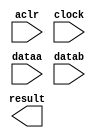
// megafunction wizard: %LPM_ADD_SUB%VBB%
// GENERATION: STANDARD
// VERSION: WM1.0
// MODULE: lpm_add_sub 

// ============================================================
// Megafunction Name(s):
// 			lpm_add_sub
//
// Simulation Library Files(s):
// 			lpm
// ============================================================
// ************************************************************
// THIS IS A WIZARD-GENERATED FILE. DO NOT EDIT THIS FILE!
//
// 9.1 Build 222 10/21/2009 SJ Full Version
// ************************************************************

//Copyright (C) 1991-2009 Altera Corporation
//Your use of Altera Corporation's design tools, logic functions 
//and other software and tools, and its AMPP partner logic 
//functions, and any output files from any of the foregoing 
//(including device programming or simulation files), and any 
//associated documentation or information are expressly subject 
//to the terms and conditions of the Altera Program License 
//Subscription Agreement, Altera MegaCore Function License 
//Agreement, or other applicable license agreement, including, 
//without limitation, that your use is for the sole purpose of 
//programming logic devices manufactured by Altera and sold by 
//Altera or its authorized distributors.  Please refer to the 
//applicable agreement for further details.

module add_jian_34 (
	aclr,
	clock,
	dataa,
	datab,
	result);

	input	  aclr;
	input	  clock;
	input	[33:0]  dataa;
	input	[33:0]  datab;
	output	[33:0]  result;

endmodule

// ============================================================
// CNX file retrieval info
// ============================================================
// Retrieval info: PRIVATE: CarryIn NUMERIC "0"
// Retrieval info: PRIVATE: CarryOut NUMERIC "0"
// Retrieval info: PRIVATE: ConstantA NUMERIC "0"
// Retrieval info: PRIVATE: ConstantB NUMERIC "0"
// Retrieval info: PRIVATE: Function NUMERIC "1"
// Retrieval info: PRIVATE: INTENDED_DEVICE_FAMILY STRING "Stratix II"
// Retrieval info: PRIVATE: LPM_PIPELINE NUMERIC "1"
// Retrieval info: PRIVATE: Latency NUMERIC "1"
// Retrieval info: PRIVATE: Overflow NUMERIC "0"
// Retrieval info: PRIVATE: RadixA NUMERIC "10"
// Retrieval info: PRIVATE: RadixB NUMERIC "10"
// Retrieval info: PRIVATE: Representation NUMERIC "0"
// Retrieval info: PRIVATE: SYNTH_WRAPPER_GEN_POSTFIX STRING "0"
// Retrieval info: PRIVATE: ValidCtA NUMERIC "0"
// Retrieval info: PRIVATE: ValidCtB NUMERIC "0"
// Retrieval info: PRIVATE: WhichConstant NUMERIC "0"
// Retrieval info: PRIVATE: aclr NUMERIC "1"
// Retrieval info: PRIVATE: clken NUMERIC "0"
// Retrieval info: PRIVATE: nBit NUMERIC "34"
// Retrieval info: CONSTANT: LPM_DIRECTION STRING "SUB"
// Retrieval info: CONSTANT: LPM_HINT STRING "ONE_INPUT_IS_CONSTANT=NO,CIN_USED=NO"
// Retrieval info: CONSTANT: LPM_PIPELINE NUMERIC "1"
// Retrieval info: CONSTANT: LPM_REPRESENTATION STRING "SIGNED"
// Retrieval info: CONSTANT: LPM_TYPE STRING "LPM_ADD_SUB"
// Retrieval info: CONSTANT: LPM_WIDTH NUMERIC "34"
// Retrieval info: USED_PORT: aclr 0 0 0 0 INPUT NODEFVAL aclr
// Retrieval info: USED_PORT: clock 0 0 0 0 INPUT NODEFVAL clock
// Retrieval info: USED_PORT: dataa 0 0 34 0 INPUT NODEFVAL dataa[33..0]
// Retrieval info: USED_PORT: datab 0 0 34 0 INPUT NODEFVAL datab[33..0]
// Retrieval info: USED_PORT: result 0 0 34 0 OUTPUT NODEFVAL result[33..0]
// Retrieval info: CONNECT: result 0 0 34 0 @result 0 0 34 0
// Retrieval info: CONNECT: @dataa 0 0 34 0 dataa 0 0 34 0
// Retrieval info: CONNECT: @datab 0 0 34 0 datab 0 0 34 0
// Retrieval info: CONNECT: @clock 0 0 0 0 clock 0 0 0 0
// Retrieval info: CONNECT: @aclr 0 0 0 0 aclr 0 0 0 0
// Retrieval info: LIBRARY: lpm lpm.lpm_components.all
// Retrieval info: GEN_FILE: TYPE_NORMAL add_jian_34.v TRUE
// Retrieval info: GEN_FILE: TYPE_NORMAL add_jian_34.inc FALSE
// Retrieval info: GEN_FILE: TYPE_NORMAL add_jian_34.cmp FALSE
// Retrieval info: GEN_FILE: TYPE_NORMAL add_jian_34.bsf FALSE
// Retrieval info: GEN_FILE: TYPE_NORMAL add_jian_34_inst.v FALSE
// Retrieval info: GEN_FILE: TYPE_NORMAL add_jian_34_bb.v TRUE
// Retrieval info: GEN_FILE: TYPE_NORMAL add_jian_34_waveforms.html TRUE
// Retrieval info: GEN_FILE: TYPE_NORMAL add_jian_34_wave*.jpg FALSE
// Retrieval info: LIB_FILE: lpm